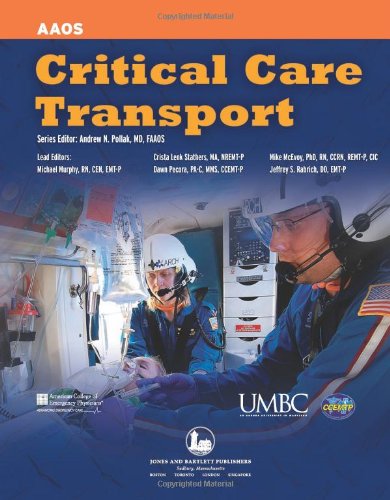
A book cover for Critical Care Transport; American Academy of Orthopaedic Surgeons (AAOS); Medical Books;